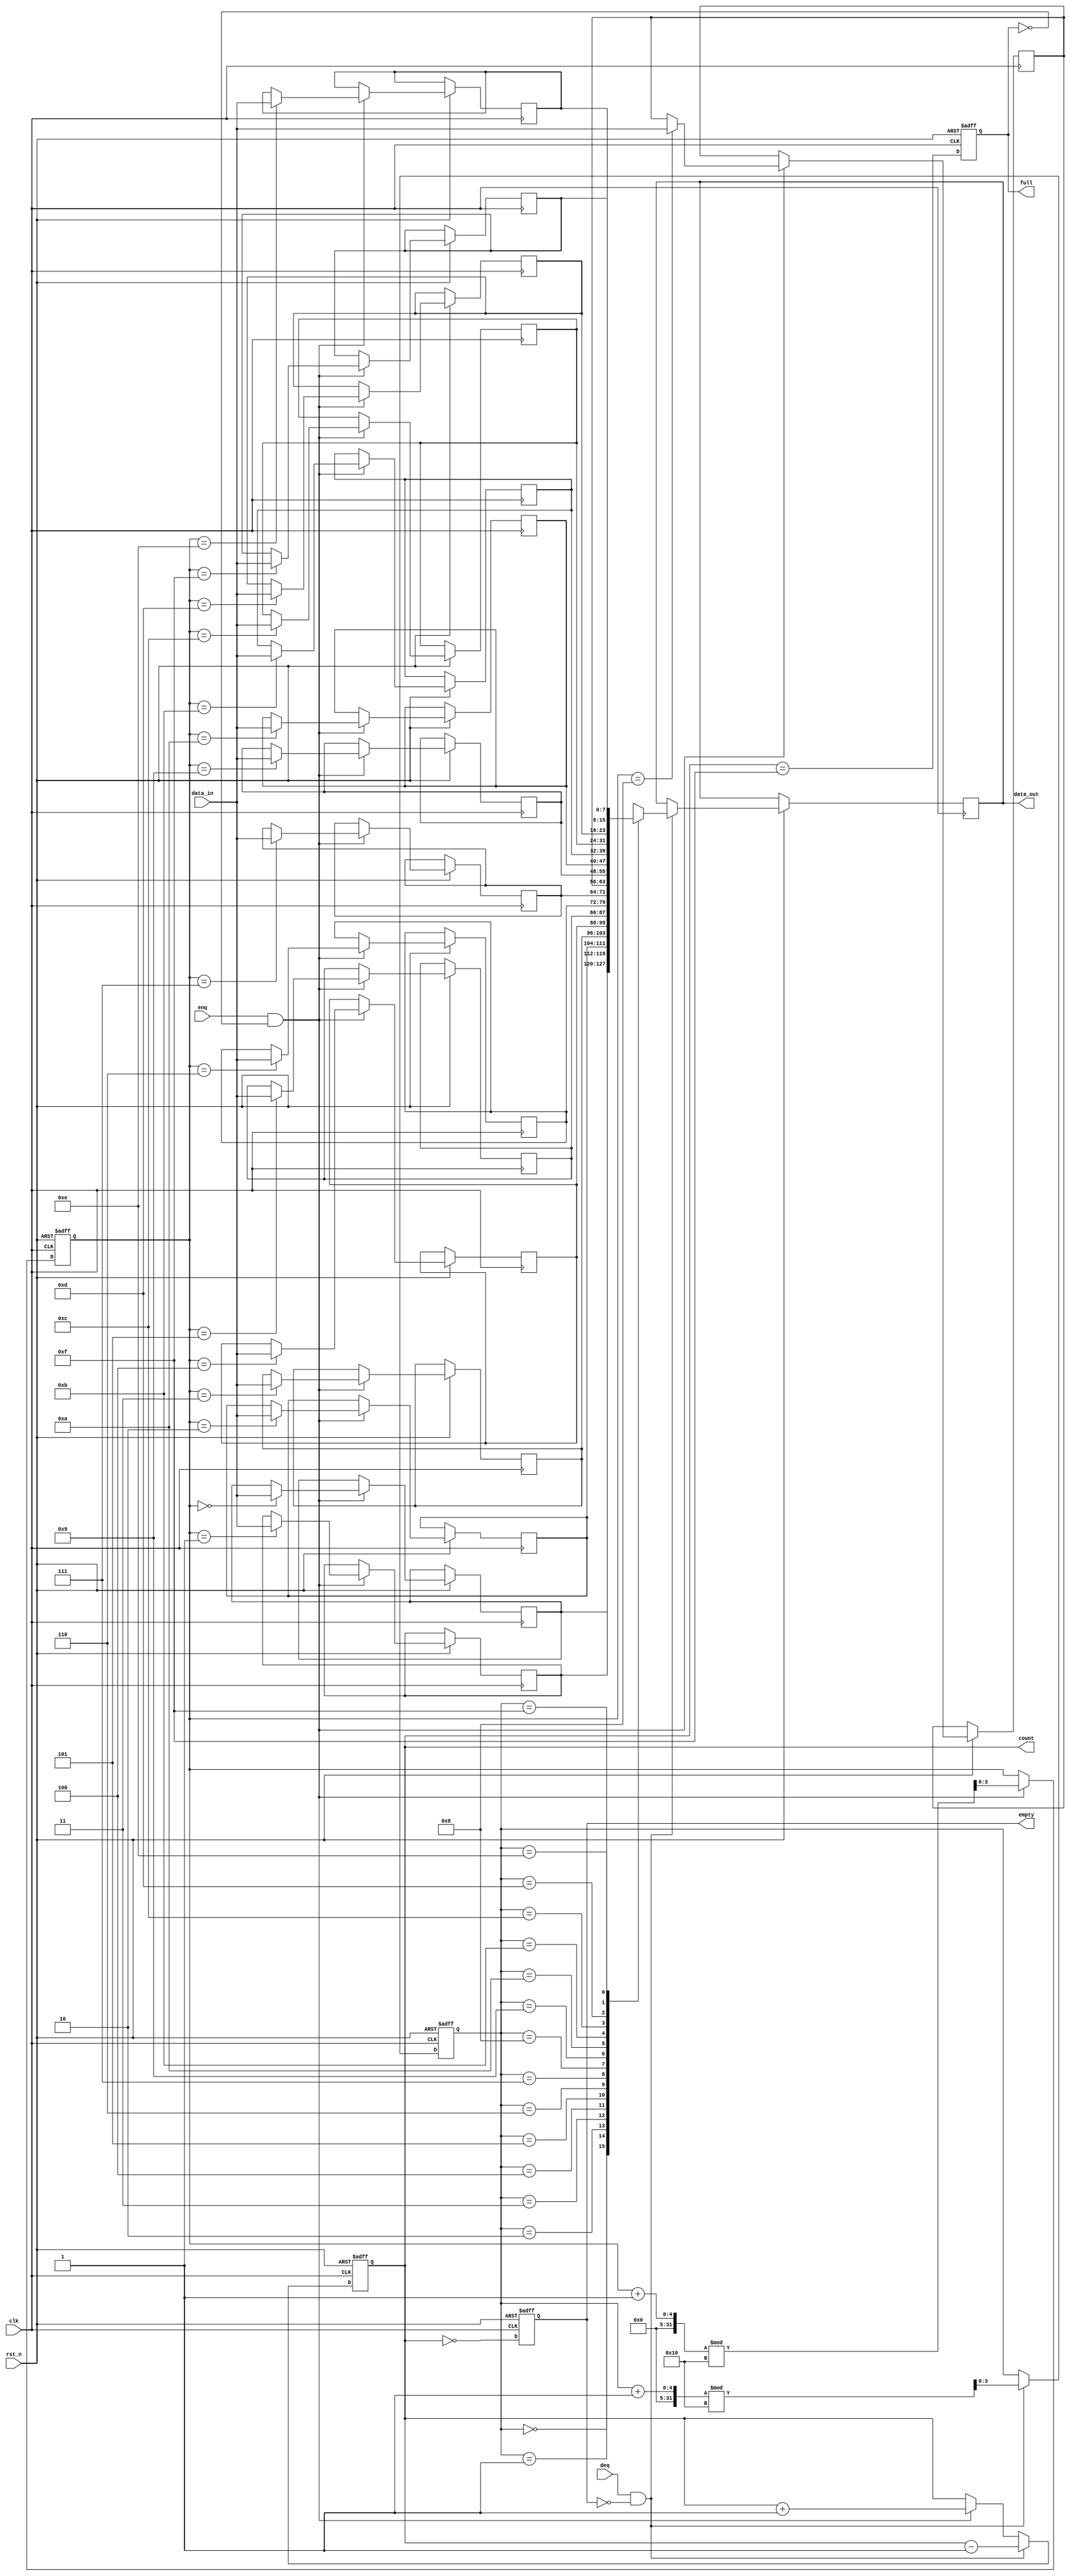
module parameterized_fifo #(
    parameter DATA_WIDTH = 8,     // Width of data
    parameter FIFO_DEPTH = 16      // Depth of FIFO
) (
    input wire clk,                // Clock signal
    input wire rst_n,              // Asynchronous reset (active low)
    input wire [DATA_WIDTH-1:0] data_in, // Data input
    input wire enq,                // Enqueue signal
    input wire deq,                // Dequeue signal
    output reg [DATA_WIDTH-1:0] data_out, // Data output
    output reg full,               // FIFO full indicator
    output reg empty,              // FIFO empty indicator
    output reg [$clog2(FIFO_DEPTH):0] count // Current item count
);

    // Internal Memory array
    reg [DATA_WIDTH-1:0] fifo_mem [0:FIFO_DEPTH-1];

    // Pointers for read and write operations
    reg [$clog2(FIFO_DEPTH)-1:0] write_ptr;
    reg [$clog2(FIFO_DEPTH)-1:0] read_ptr;

    // Initialize pointers and status flags
    always @(posedge clk or negedge rst_n) begin
        if (!rst_n) begin
            write_ptr <= 0;
            read_ptr <= 0;
            full <= 0;
            empty <= 1;
            count <= 0;
        end
        else begin
            // Enqueue Operation
            if (enq && !full) begin
                fifo_mem[write_ptr] <= data_in; // Write data to memory
                write_ptr <= (write_ptr + 1) % FIFO_DEPTH; // Update write pointer
                count <= count + 1; // Increment count
            end

            // Dequeue Operation
            if (deq && !empty) begin
                data_out <= fifo_mem[read_ptr]; // Read data from memory
                read_ptr <= (read_ptr + 1) % FIFO_DEPTH; // Update read pointer
                count <= count - 1; // Decrement count
            end

            // Update status flags
            full <= (count == FIFO_DEPTH - 1);
            empty <= (count == 0);
        end
    end

endmodule